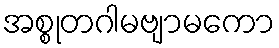
အစ္စုတဂါမဗျာမကော